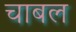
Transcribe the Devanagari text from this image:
चाबल